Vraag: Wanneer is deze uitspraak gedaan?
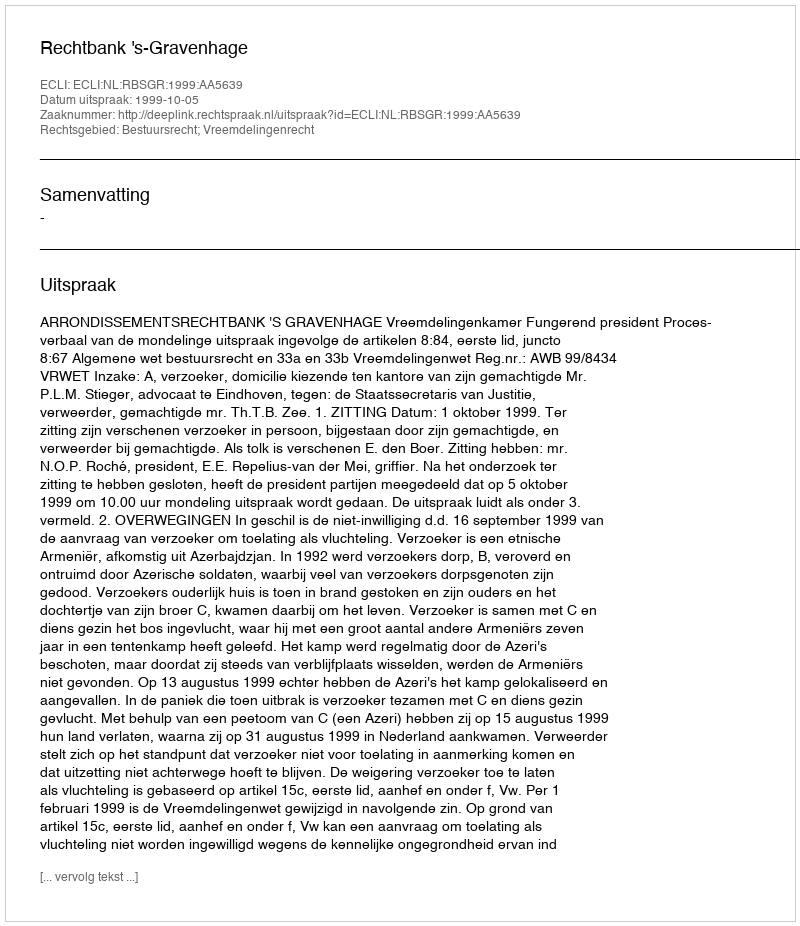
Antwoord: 1999-10-05